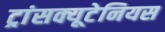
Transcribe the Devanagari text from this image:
ट्रांसक्यूटेनियस